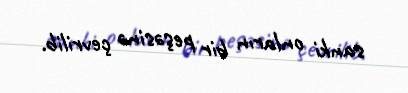
sanki onların bir peşəsinə çevrilib.